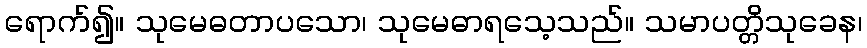
ရောက်၍။ သုမေဓတာပသော၊ သုမေဓာရသေ့သည်။ သမာပတ္တိသုခေန၊